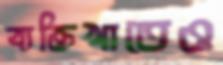
ব্যক্তিখাতেও